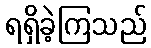
ရရှိခဲ့ကြသည်